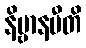
နိဗ္ဗာနမီတိ